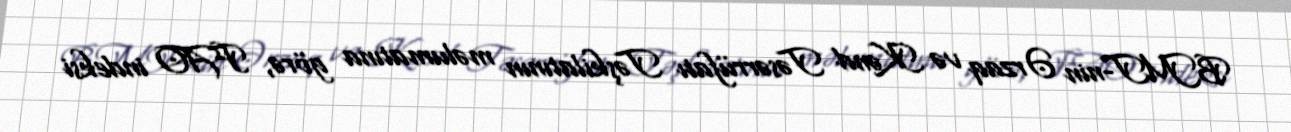
BMT-nin Ərzaq və Kənd Təsərrüfatı Təşkilatının məlumatına görə, FAO indeksi